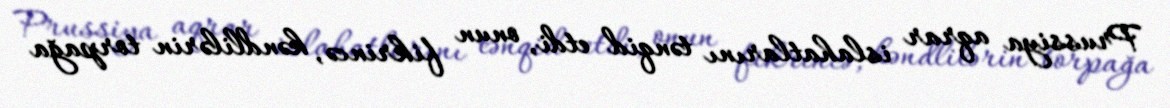
Prussiya aqrar islahatlarını tənqid etdi, onun fikrincə, kəndlilərin torpağa